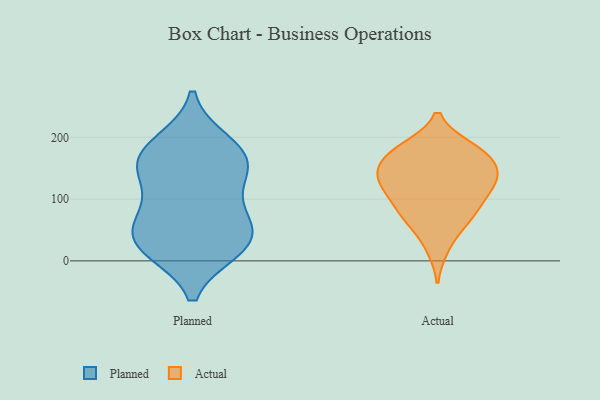
{"axis": {"x": "Temperature (°C)", "y": "Value"}, "legend": ["Actual", "Planned"], "data": [{"x": "", "y": 19, "type": "Planned"}, {"x": "", "y": 137, "type": "Planned"}, {"x": "", "y": 178, "type": "Planned"}, {"x": "", "y": 25, "type": "Planned"}, {"x": "", "y": 62, "type": "Planned"}, {"x": "", "y": 61, "type": "Planned"}, {"x": "", "y": 156, "type": "Planned"}, {"x": "", "y": 171, "type": "Planned"}, {"x": "", "y": 140, "type": "Planned"}, {"x": "", "y": 191, "type": "Planned"}, {"x": "", "y": 20, "type": "Planned"}, {"x": "", "y": 84, "type": "Planned"}, {"x": "", "y": 36, "type": "Planned"}, {"x": "", "y": 159, "type": "Actual"}, {"x": "", "y": 123, "type": "Actual"}, {"x": "", "y": 110, "type": "Actual"}, {"x": "", "y": 133, "type": "Actual"}, {"x": "", "y": 62, "type": "Actual"}, {"x": "", "y": 22, "type": "Actual"}, {"x": "", "y": 182, "type": "Actual"}, {"x": "", "y": 91, "type": "Actual"}, {"x": "", "y": 77, "type": "Actual"}, {"x": "", "y": 141, "type": "Actual"}, {"x": "", "y": 131, "type": "Actual"}, {"x": "", "y": 176, "type": "Actual"}, {"x": "", "y": 133, "type": "Actual"}, {"x": "", "y": 178, "type": "Actual"}, {"x": "", "y": 173, "type": "Actual"}, {"x": "", "y": 73, "type": "Actual"}]}